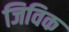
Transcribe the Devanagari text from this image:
जिविक